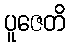
ပူဇေတိ